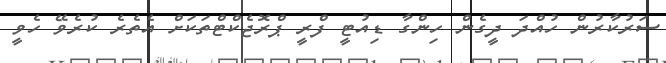
ސަރުކާރުން ހުއްދަ ދީގެން ހިންގާ ޑިއުޓީ ފްރީ ޕްރޮޖެކްޓްތަކަށް އެތެރެ ކުރެވޭ ހެވީ